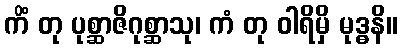
ကိံ တု ပုစ္ဆာဇိဂုစ္ဆာသု၊ ကံ တု ဝါရိမှိ မုဒ္ဓနိ။